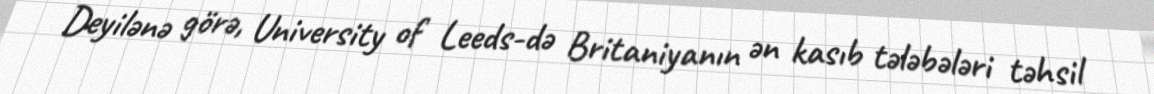
Deyilənə görə, University of Leeds-də Britaniyanın ən kasıb tələbələri təhsil